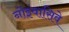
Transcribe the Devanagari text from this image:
नोंइंवासिवे